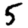
Digit: 5